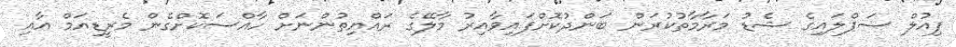
ފިއުލް ސަޕްލައިގެ ޝެޑު މަރާމާތުކުރަން ބަންދުކޮށްފައިވާއިރު މާލޭގެ ރައްޔިތުންނަށް ހާއްސަކޮށްގެން މެރީޑިއަމް އާއި